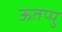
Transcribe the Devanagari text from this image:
ऊतप्पु